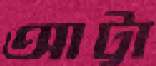
আট্টা